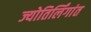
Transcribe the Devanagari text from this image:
ज्योतिर्लिंगांत